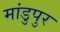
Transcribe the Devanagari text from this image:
मांडुपुर